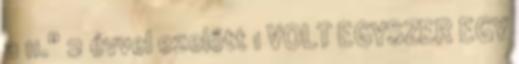
a 11." 2 évvel ezelőtt 1 VOLT EGYSZER EGY